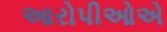
આરોપીઓએ